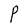
Character: P